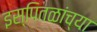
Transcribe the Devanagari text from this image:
इस्पितळांच्या